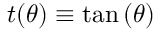
t ( \theta ) \equiv \tan \left( { \theta } \right)